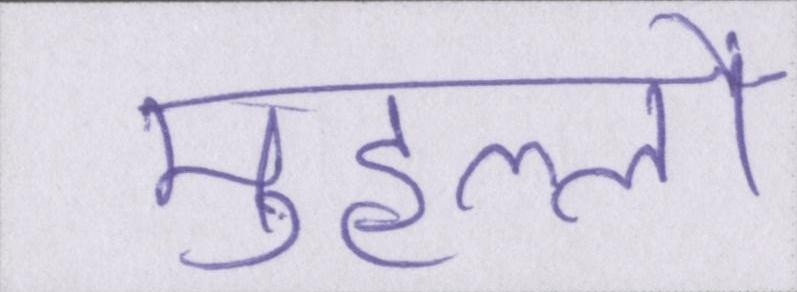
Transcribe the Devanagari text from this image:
मुहल्लों